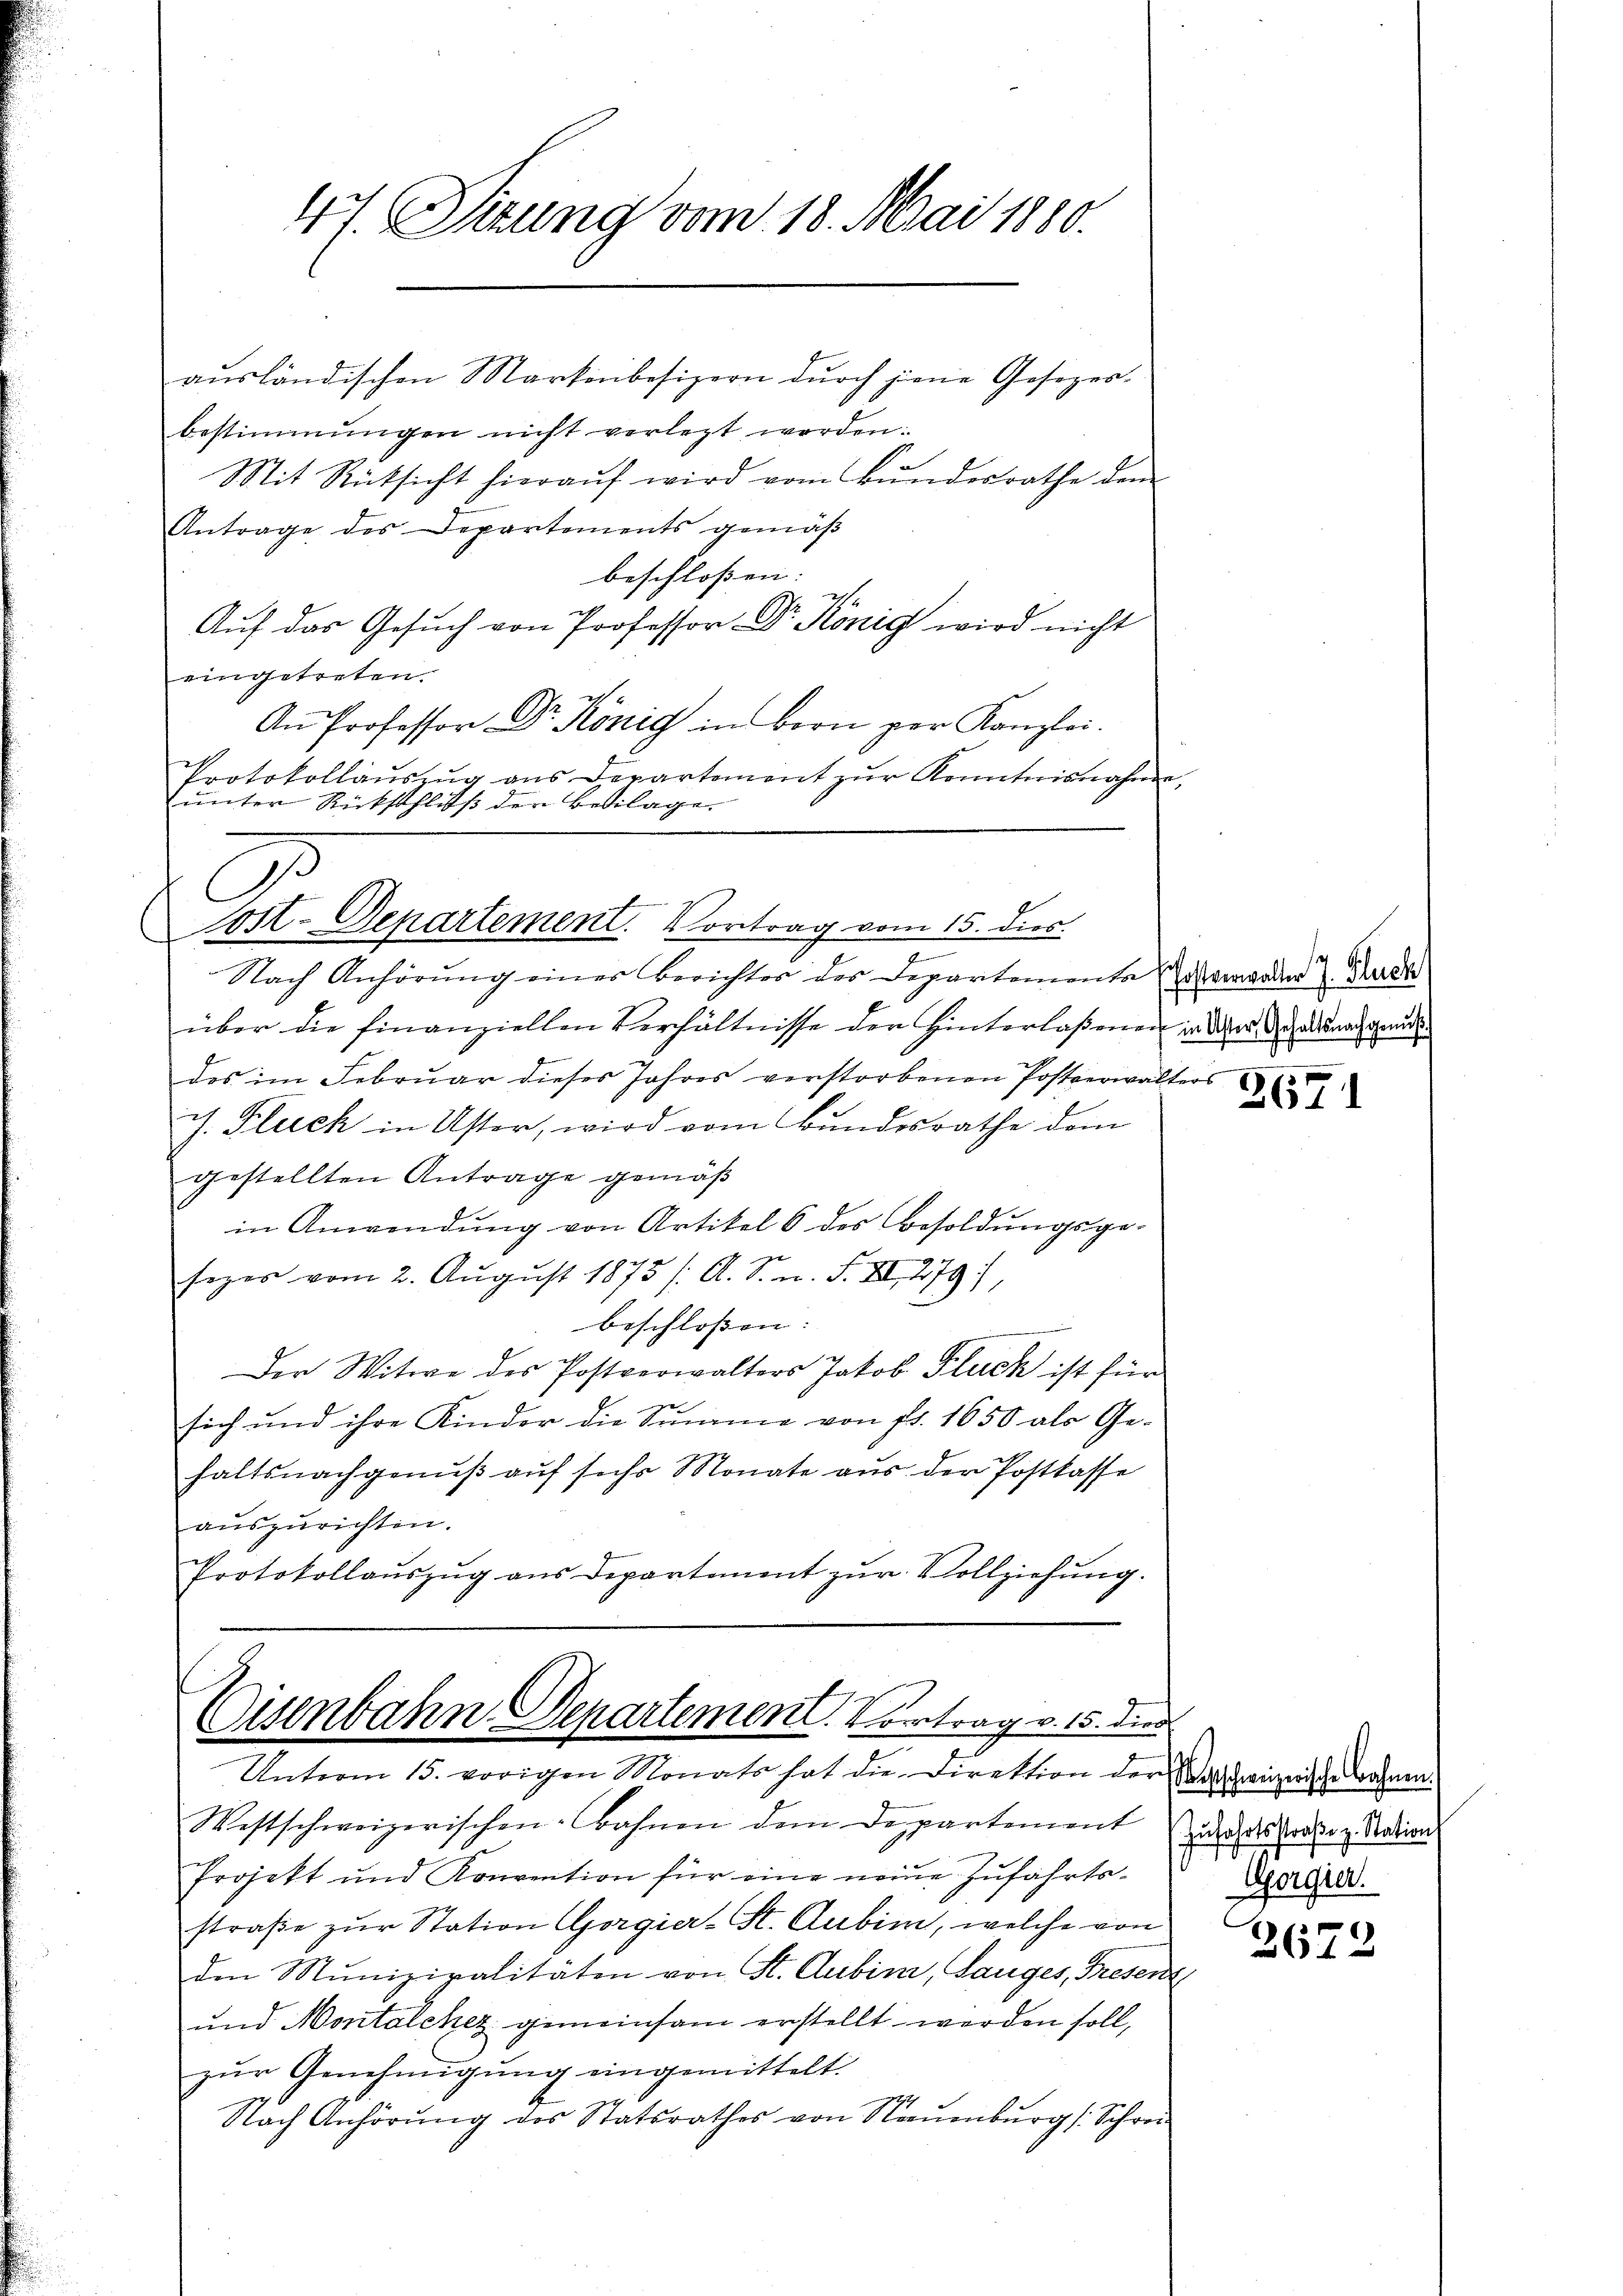
47. Sitzung vom 18. Mai 1880.

ausländischen Markenbesizern durch jene Gesezer-
bestimmungen nicht verlegt werden:
Mit Rücksicht hieraŭf wird vom Bŭndesrathe dem
Antrage des Departements gemäß
beschloßen:
Aŭf das Gesŭch von Professor Dr. König wird nicht
eingetreten.
An Professor Dr. König in Bern per Kanzlei.
Protokollauszug aus Departement zŭr Kenntnisnahme,
ŭnter Rückschluß der Beilage.
7
Nach Anhörung einer Berichter des Departemente verwader Stadt
über die finanziellen Verhältnisse der Hinterlaßenen in dem ad nachgende
des im Februar dieses Jahres verstorbenen Postverwalters
J. Fluch in Uster, wird vom Bundesrathe dem
gestellten Antrage gemäß
in Anwendung von Artikel 6 des Besoldungsge-
sezes vom 2. Aŭgŭst 1875 /: A. S. n. F. XI, 279),
beschloßen:
Der Witwe des Postverwalters Jakob Fluck ist für
sich und ihre Kinder die Summe von fr. 1650 als Ge-
haltsnachgenŭβ aŭf sehr Monate aus der Postkasse
auszurichten.
Protokollaŭszŭg ans Departement zŭr Vollziehŭng.

s
Sost-Departement. Vortrag vom 15. dies.

Eisenbahn Departement. Vortrag v. 15. die
Unterm 15. vorigen Monats hat die Direktion der Wahrnizerische Bahnen.

Westschweizerischen: Bahnen dem Departement der des Prosen Nation
Projekt und Konvention für eine neue Zufahrts-
straβe zŭr Station Gorgier-St. Aubin, welche von
den Munizipalitäten von St. Gubina, Langes, Fresen
und Montalehez gemeinsam erstellt werden soll,
zur Genehmigung eingemittelt.
Nach Anhörŭng des Statsrathes von Straŭenbŭrg (Schrei

2671

t
Gorgrer.

2672